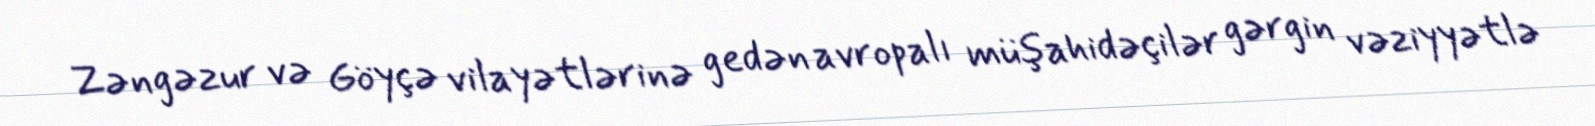
Zəngəzur və Göyçə vilayətlərinə gedən avropalı müşahidəçilər gərgin vəziyyətlə